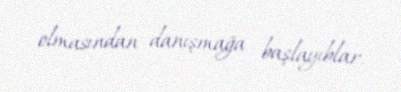
olmasından danışmağa başlayıblar.